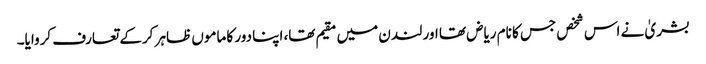
بشریٰ نے اس شخص جس کا نام ریاض تھا اور لندن میں مقیم تھا، اپنا دور کا ماموں ظاہر کرکے تعارف کروایا۔